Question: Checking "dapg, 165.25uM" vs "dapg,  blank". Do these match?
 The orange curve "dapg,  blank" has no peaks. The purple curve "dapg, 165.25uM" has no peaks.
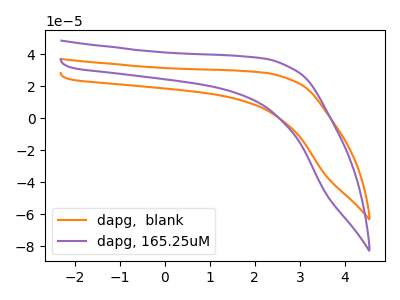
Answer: <think>Neither "dapg, 165.25uM" or "dapg,  blank" have any peaks.
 </think>
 <answer>"dapg, 165.25uM" and "dapg,  blank" are similar in shape.</answer>
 <eval>same_shape</eval>